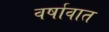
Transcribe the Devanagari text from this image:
वर्षावात